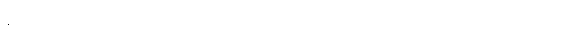
မောင်ချစ်အေးတို့ရဲ့ အုပ်စု ခေါင်းဆောင် စိုးမြင့်ကတော့ ခပ်ပြောင်ပြောင်ပဲ။